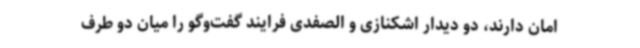
امان دارند، دو دیدار اشکنازی و الصفدی فرایند گفت‌وگو را میان دو طرف